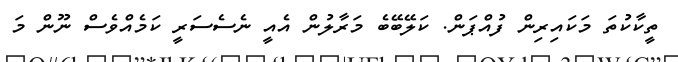
ތީކާކުތަ މަކައިރިން ފުއްޕަން. ކަލޭބޭބެ މަރާލުން އެއީ ނެސެސަރީ ކަމެއްވެސް ނޫން މަ